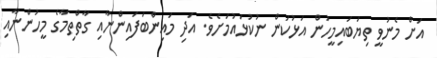
އަށް މެނުވީ ތިޔަބައިމީހުން އަޅުކަން ނުކުޅައުމަށެވެ. އަދި މައިންބަފައިންނާއި ގާތްތިމާގެ މީހުންނާއި